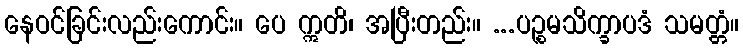
နေဝင်ခြင်းလည်းကောင်း။ ပေ ဣတိ၊ အပြီးတည်း။ ...ပဉ္စမသိက္ခာပဒံ သမတ္တံ။